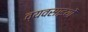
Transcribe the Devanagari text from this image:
व्यवसाइयों